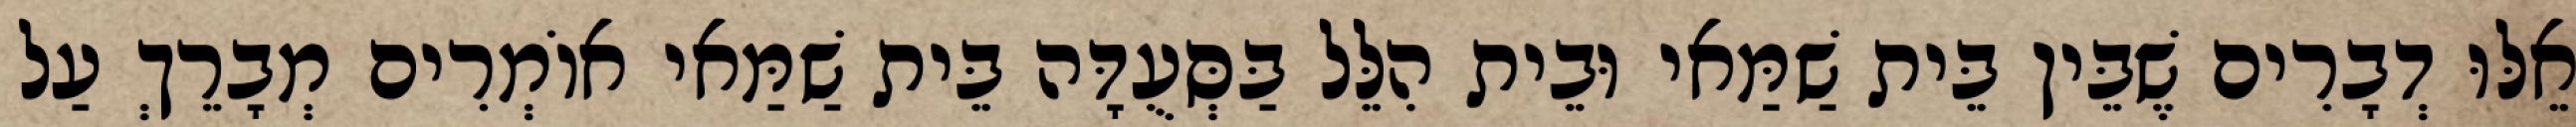
אֵלּוּ דְבָרִים שֶׁבֵּין בֵּית שַׁמַּאי וּבֵית הִלֵּל בַּסְּעֻדָּה בֵּית שַׁמַּאי אוֹמְרִים מְבָרֵךְ עַל